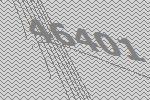
46401